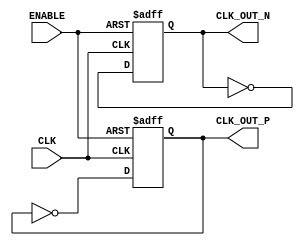
module differential_clock_buffer (
    input wire CLK,          // Single-ended clock input
    input wire ENABLE,       // Enable signal for the buffer
    output reg CLK_OUT_P,    // Differential clock output positive
    output reg CLK_OUT_N     // Differential clock output negative
);

// Parameters for clock generation
parameter CLOCK_PERIOD = 10; // Clock period in time units (e.g., ns)

// Internal register to track the state of the clock
reg clk_reg;

// Clock generation process
always @(posedge CLK or negedge ENABLE) begin
    if (!ENABLE) begin
        CLK_OUT_P <= 1'b0; // Disable outputs when not enabled
        CLK_OUT_N <= 1'b0;
    end else begin
        // Generate the differential outputs
        CLK_OUT_P <= ~CLK_OUT_P; // Toggle positive output
        CLK_OUT_N <= ~CLK_OUT_N; // Toggle negative output
    end
end

// Initial block to set initial state
initial begin
    CLK_OUT_P = 1'b0;
    CLK_OUT_N = 1'b0;
end

endmodule